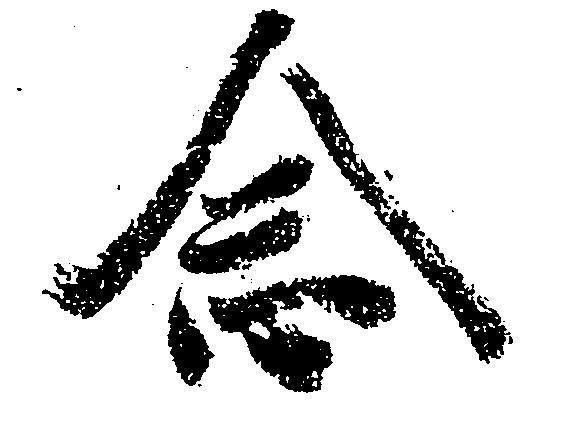
念